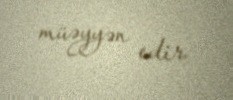
müəyyən edir.